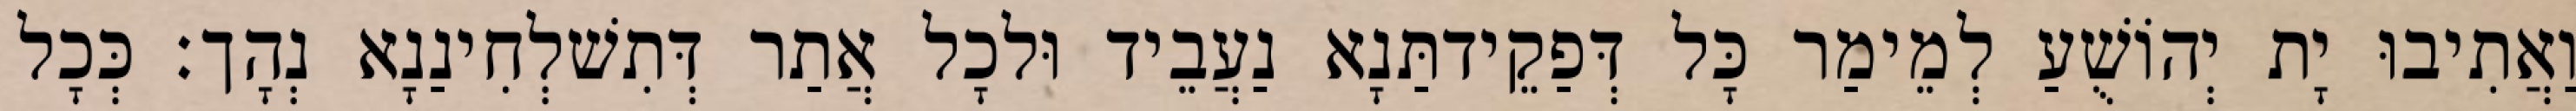
וַאֲתִיבוּ יָת יְהוֹשֻׁעַ לְמֵימַר כָּל דְּפַקֵידתַּנָא נַעֲבֵיד וּלכָל אֲתַר דְּתִשׁלְחִינַנָא נְהָך׃ כְּכָל